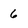
Character: 6